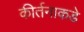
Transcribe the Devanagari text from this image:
कीर्तनाकडे